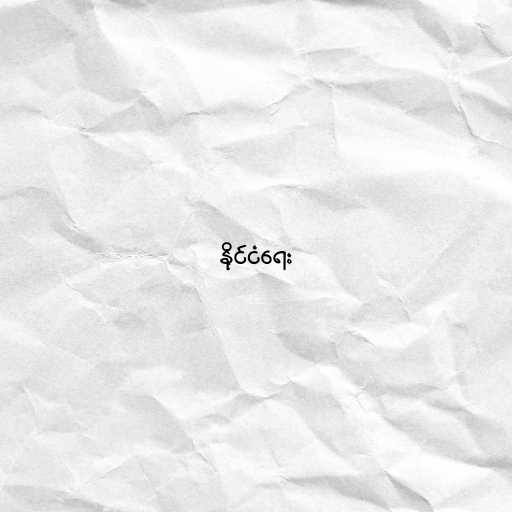
နိုင်ငံရေး